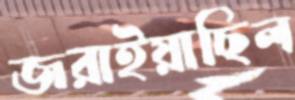
জরাইয়াছিল